system: You are a helpful assistant.
user:
Analyze the provided spectrum to determine if it is a **"Cataclysmic Variables (CV)"**.

- **Key Indicators for CV (Check for either state):**
    - **State 1: Quiescent / Low-State (Emission-Dominated)**
        - **(Primary):** Strong and *very broad* Hydrogen Balmer emission lines (e.g., $H\alpha$ at 6563 Å, $H\beta$ at 4861 Å). The 'broadness' (high velocity dispersion, often FWHM > 1000 km/s) is the key diagnostic, indicating a high-velocity accretion disk.
        - **(Secondary):** Broad neutral Helium (He I) emission lines (e.g., 5876 Å, 6678 Å).
        - **(Key Confirmation):** Presence of high-excitation *ionized* Helium (He II) emission at 4686 Å. This is a strong indicator of accretion onto a white dwarf.
        - **(Line Profile):** Emission lines may exhibit a 'double-peaked' profile, which is a classic signature of a rotating accretion disk viewed at high inclination.

    - **State 2: Outburst / High-State (Absorption-Dominated)**
        - **(Primary):** Spectrum is dominated by a bright, blue continuum (looks like a hot star).
        - **(Secondary):** The emission lines from State 1 are weak, absent, or 'filled in', and are replaced by broad, shallow *absorption* lines (primarily Balmer and He I).
        - **(Morphology):** The overall spectrum mimics a hot B/A-type star. The crucial difference is that the absorption lines are significantly broader, shallower, and more 'washed-out' (or 'smeared') than the sharp lines of a normal stellar photosphere, due to high rotational speeds and pressure broadening in the disk.

Think first, call **spectral_visualization_tool** if needed to examine features in detail, then provide your final answer. Your response must adhere to the following strict rules:
1.  **Overall Structure:** Your response must follow the format `<think>...</think> <tool_call>...</tool_call> (if a tool is used) <answer>...</answer>`.
2.  **Tool Usage Constraint:** You may only make **one** tool call per turn.
3.  **Final Answer Format:** In the `<answer>` tag, your conclusion must be inside a `\boxed{}` command (e.g., `\boxed{YES}`), followed by your justification.

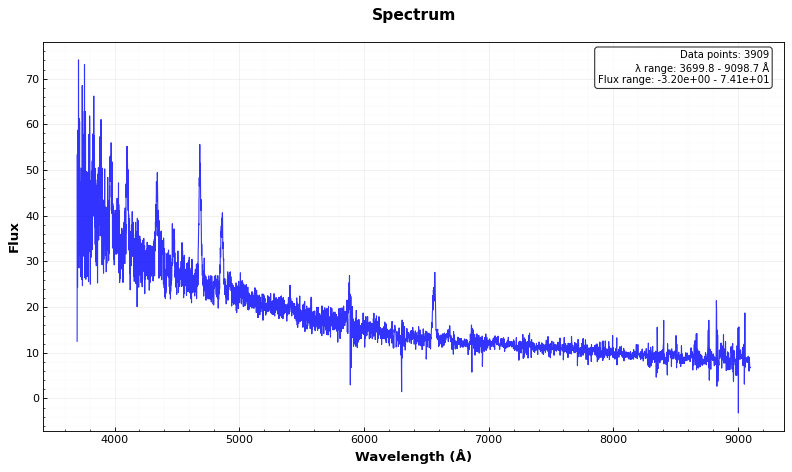
Answer: YES